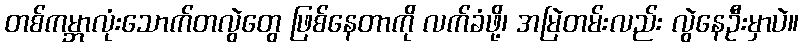
တစ်ကမ္ဘာလုံးသောက်တလွဲတွေ ဖြစ်နေတာကို လက်ခံဖို့၊ အမြဲတမ်းလည်း လွဲနေဦးမှာပဲ။